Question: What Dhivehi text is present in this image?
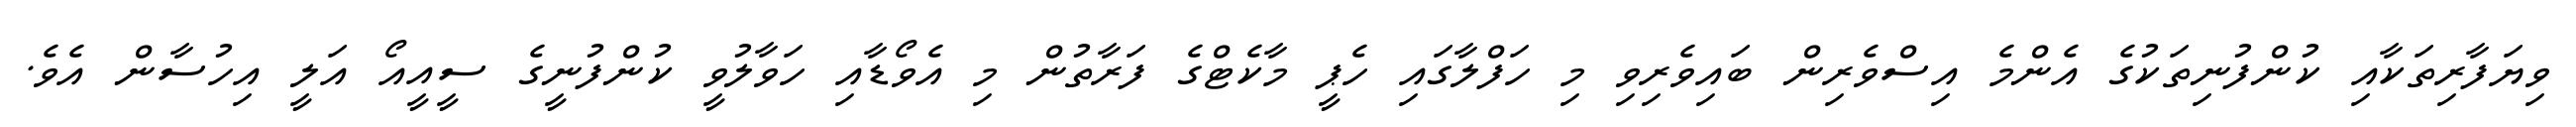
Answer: ވިޔަފާރިތަކާއި ކުންފުނިތަކުގެ އެންމެ އިސްވެރިން ބައިވެރިވި މި ހަފްލާގައި ހެޕީ މާކެޓްގެ ފަރާތުން މި އެވޯޑާއި ހަވާލުވީ ކުންފުނީގެ ސީއީއޯ އަލީ އިހުސާން އެވެ.